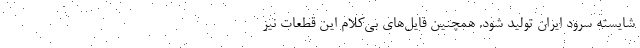
شایستهِ سرود ایران تولید شود. همچنین فایل‌های بی‌کلام این قطعات نیز